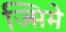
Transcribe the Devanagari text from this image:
ज्सिमे